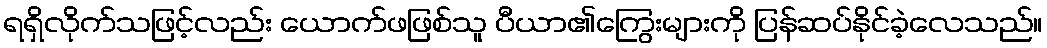
ရရှိလိုက်သဖြင့်လည်း ယောက်ဖဖြစ်သူ ပီယာ၏ကြွေးများကို ပြန်ဆပ်နိုင်ခဲ့လေသည်။